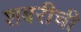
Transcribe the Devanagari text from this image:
शबरीची